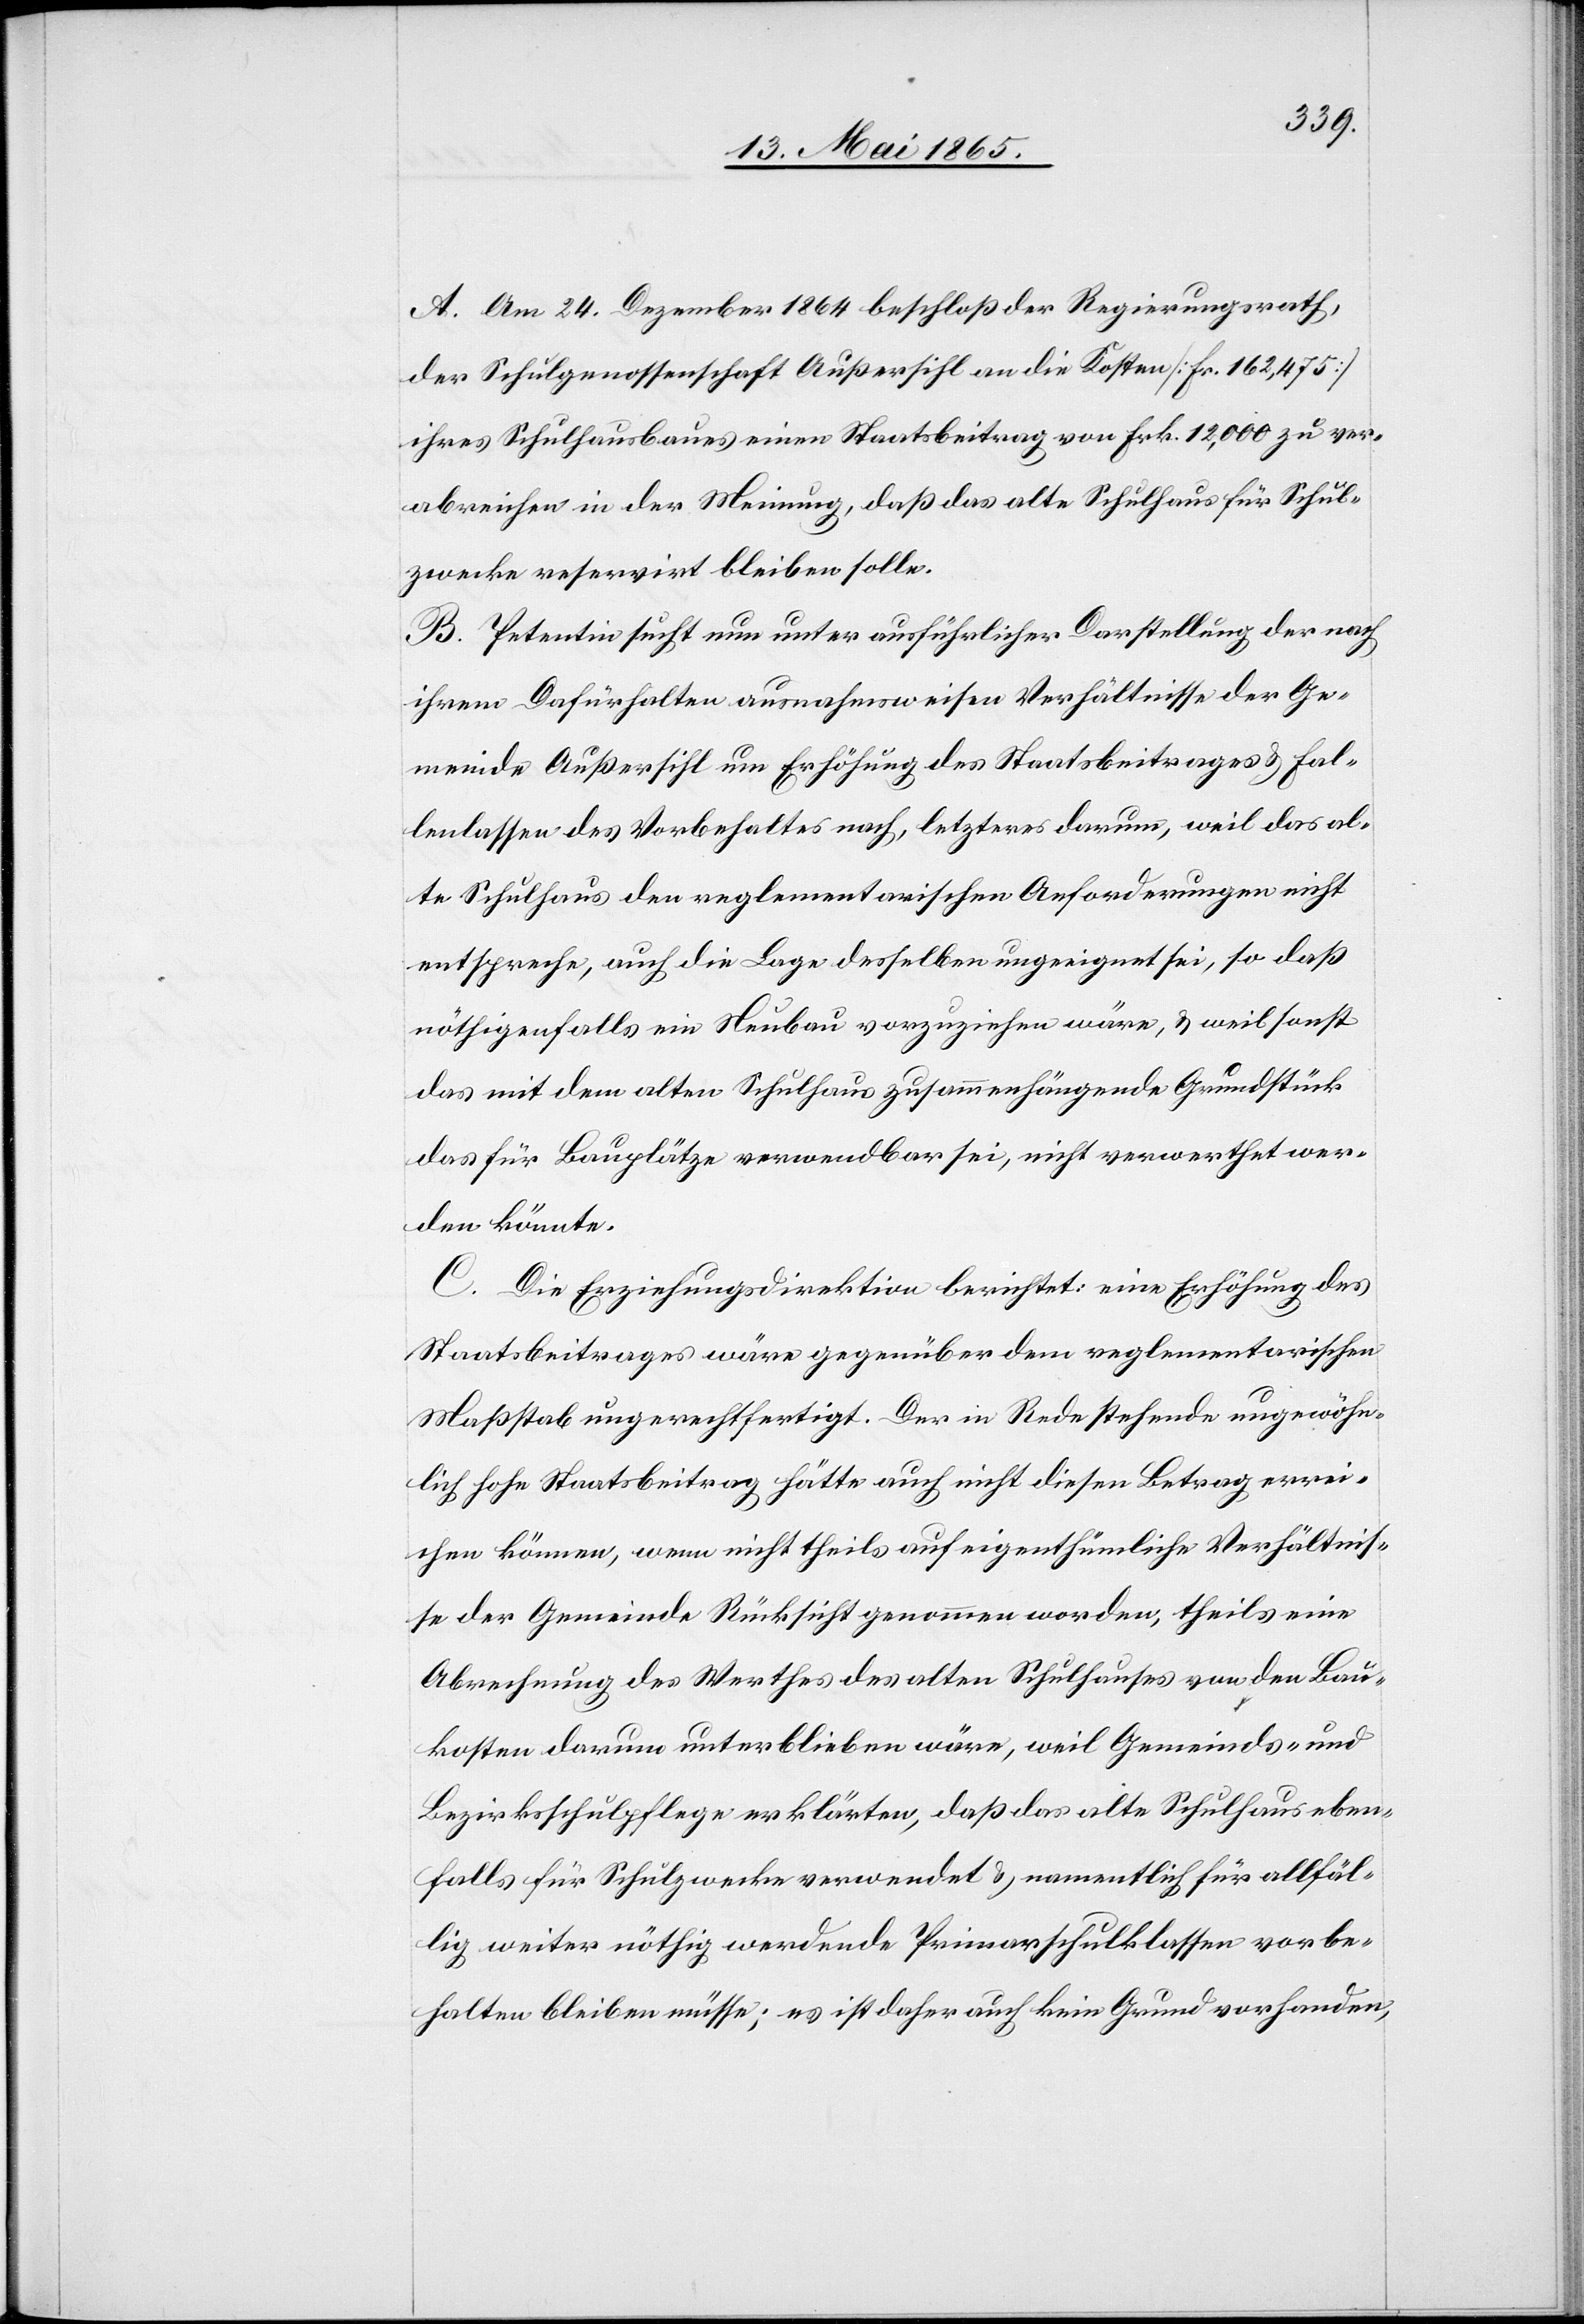
A. Am 24. Dezember 1864 beschloß der Regierungsrath,
der Schulgenossenschaft Außersihl an die Kosten [Fr. 162,475]
ihres Schulhausbaues einen Staatsbeitrag von Frk. 12,000 zu ver¬
abreichen in der Meinung, daß das alte Schulhaus für Schul¬
zwecke reservirt bleiben solle.
B. Petentin sucht nun unter ausführlicher Darstellung der nach
ihrem Dafürhalten ausnahmsweisen Verhältnisse der Ge¬
meinde Außersihl um Erhöhung des Staatsbeitrages & Fal¬
lenlassen des Vorbehaltes nach, letzteres darum, weil das al¬
te Schulhaus den reglementarischen Anforderungen nicht
entspreche, auch die Lage desselben ungeeignet sei, so daß
nöthigenfalls ein Neubau vorzuziehen wäre, & weil sonst
das mit dem alten Schulhaus zusammenhängende Grundstück
das für Bauplätze verwendbar sei, nicht verwerthet wer¬
den könnte.
C. Die Erziehungsdirektion berichtet: eine Erhöhung des
Staatsbeitrages wäre gegenüber dem reglementarischen
Maßstab ungerechtfertigt. Der in Rede stehende ungewöhn¬
lich hohe Staatsbeitrag hätte auch nicht diesen Betrag errei¬
chen können, wenn nicht theils auf eigenthümliche Verhältnis¬
se der Gemeinde Rücksicht genommen worden, theils eine
Abrechnung des Werthes des alten Schulhauses von den Bau¬
kosten darum unterblieben wäre, weil Gemeinds- und
Bezirksschulpflege erklärten, daß das alte Schulhaus eben¬
falls für Schulzwecke verwendet & namentlich für allfäl¬
lig weiter nöthig werdende Primarschulklassen vorbe¬
halten bleiben müsse; es ist daher auch kein Grund vorhanden,